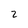
Character: 2